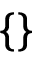
\{ \}